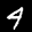
Label: 4